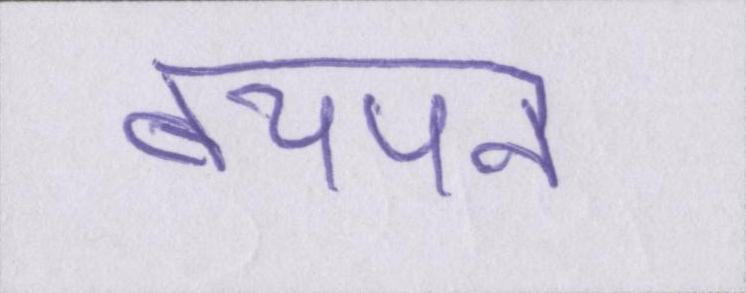
बचपन